Vaccine operations Central Provinces & Berar 1912-1920 - 1912-1920
Year: 1912
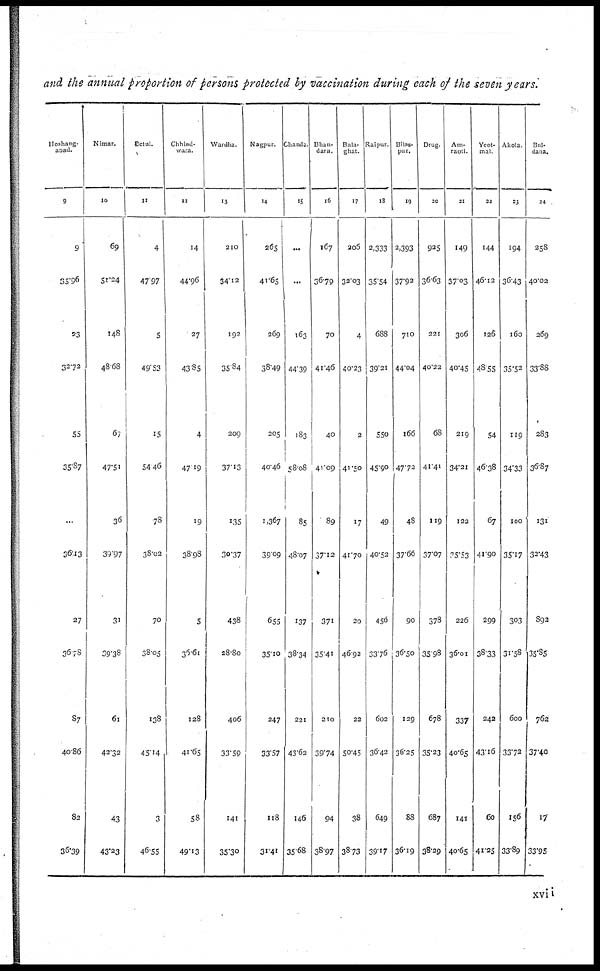
and the annual proportion of persons protected by vaccination during each of the seven years.
Hoshang¬
abad.
9
9
35.96
23
32.72
55
35.87
...
36.13
27
36.78
87
40.86
82
36.39
Nimar.
10
69
51.24
148
48.68
67
47.51
36
39.97
31
39.38
61
42.32
43
43.23
Betul.
11
4
47.97
5
49.53
15
54.46
.78
38.02
70
38.05
138
45.14
3
46.55
Chhind¬
wara.
12
14
44.96
27
43.85
4
47.9
19
38.98
5
36.61
128
41.65
58
49.13
Wardha.
13
210
34.12
192
35.84
209
37.13
135
30.37
438
28.80
406
33.59
141
35.30
Nagpur.
14
265
41.65
269
38.49
205
40.46
1,367
39.09
655
35.10
247
33.57
118
31.41
Chanda.
15
...
...
163
44.39
183
58.08
85
48.07
137
38.34
221
43.62
146
35.68
Bhan¬
dara.
16
167
36.79
70
41.46
40
41.09
89
37.12
371
35.41
210
39.74
94
38.97
Bala¬
ghat.
17
205
32.03
4
40.23
2
41.50
17
41.70
20
46.92
22
50.45
38
38.73
Jaipur.
18
2,333
35.54
688
39.21
550
45.90
49
40.52
456
33.76
602
36.42
649
39.17
Bilas¬
pur.
19
2,393
37.92
710
44.04
166
47.72
48
37.66
90
36.50
129
36.25
88
36.19
Drug.
20
925
36.63
221
40.22
68
41.41
119
37.07
378
35.98
678
35.23
687
38.29
Am¬
raoti.
21
149
37.03
306
40.45
219
34.21
122
35.53
226
36.01
337
40.65
141
40.65
Yeot¬
mal.
22
144
46.12
126
48.55
54
46.38
67
41.90
299
38.33
242
43.16
60
41.25
Akola.
23
194
36.43
160
35.52
119
34.33
100
35.17
303
31.58
600
33.72
156
33.89
Bul¬
dana.
24
258
40.02
269
33.88
283
36.87
131
32.43
892
35.85
762
37.40
17
33.95
xvii